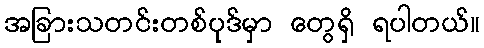
အခြားသတင်းတစ်ပုဒ်မှာ တွေရှိ ရပါတယ်။